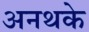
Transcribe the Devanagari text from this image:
अनथके